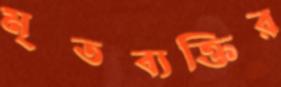
মৃতব্যক্তির